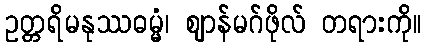
ဥတ္တရိမနုဿဓမ္မံ၊ ဈာန်မဂ်ဖိုလ် တရားကို။